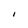
Character: I